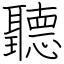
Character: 聽